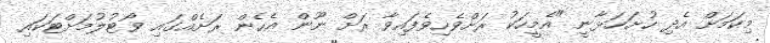
މިކަމަށް އެދި ހުށަހަޅާނީ "އެމީހަކު ރަށްވެހިވެފައިވާ ރަށް ނޫން އެހެން ރަށެއްގައި ވޯޓުލުމަށްޓަކައި